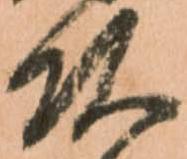
頭